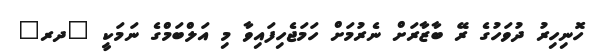
ހޮނިހިރު ދުވަހުގެ ރޭ ބާޒާރަށް ނެރުމަށް ހަމަޖެހިފައިވާ މި އަލްބަމްގެ ނަމަކީ "ދރ"